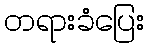
တရားခံပြေး